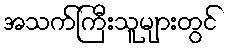
အသက်ကြီးသူများတွင်